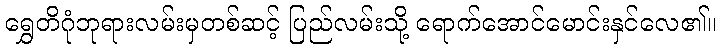
ရွှေတိဂုံဘုရားလမ်းမှတစ်ဆင့် ပြည်လမ်းသို့ ရောက်အောင်မောင်းနှင်လေ၏။